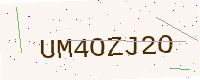
Text: UM4OZJ2O